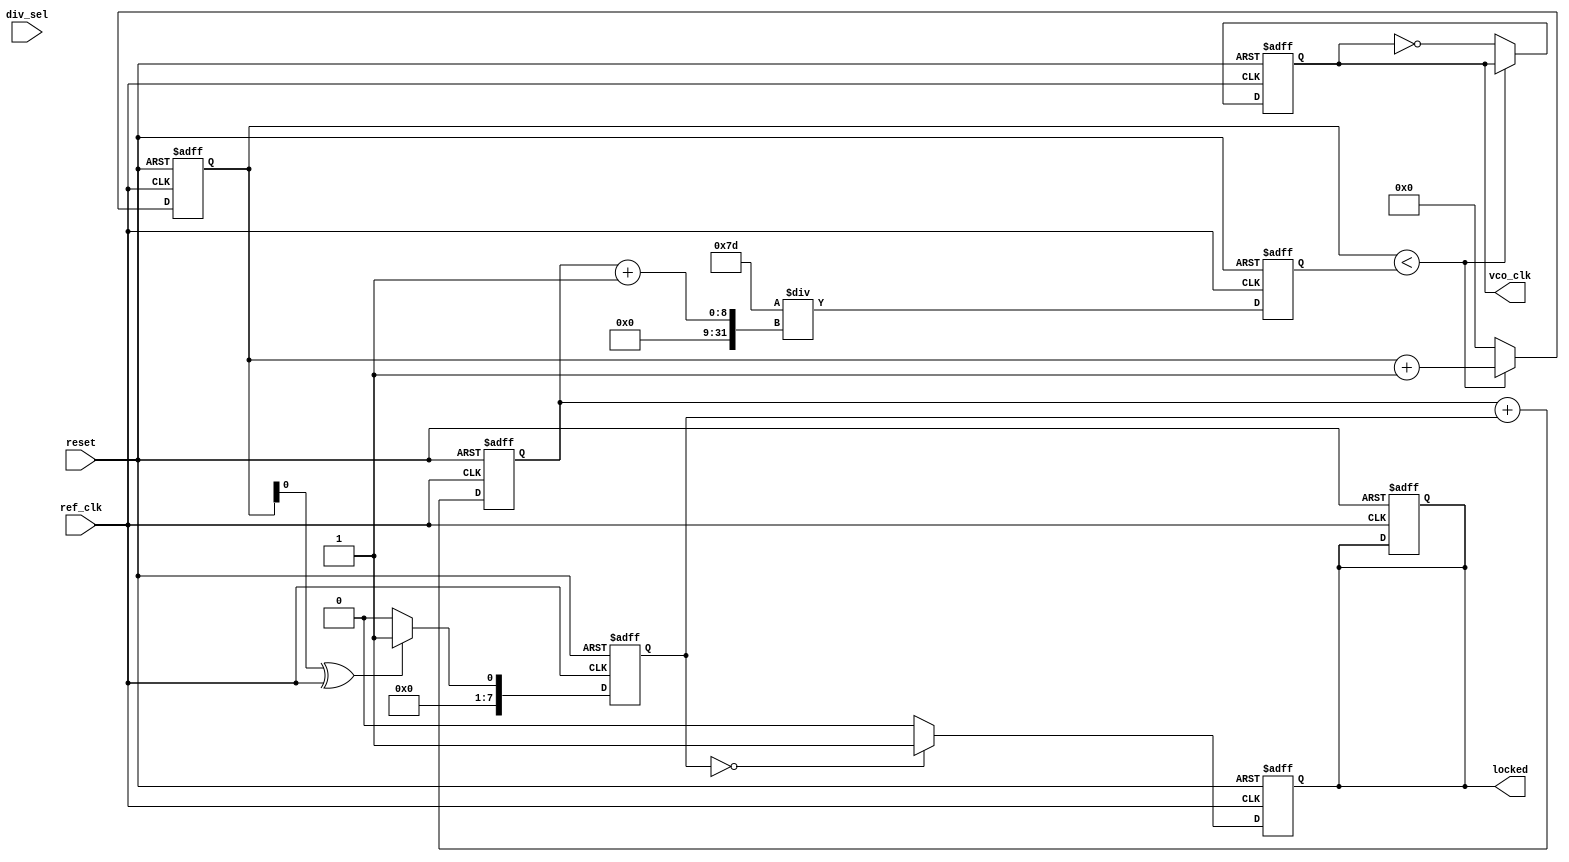
module high_performance_PLL (
    input wire ref_clk,      // Input Reference Clock
    input wire reset,        // Reset signal
    input wire [2:0] div_sel, // Divider selection for feedback
    output reg vco_clk,      // Output VCO Clock
    output reg locked        // PLL Locked signal
);

// Parameters
parameter VCO_MAX_FREQ = 125; // Example max VCO frequency (in MHz)
parameter REF_CLK_FREQ = 25;   // Example reference clock frequency (in MHz)
parameter DIVIDER_MAX = 4;     // Max division ratio

// Internal signals
reg [2:0] divider;             // Divider counter
reg [7:0] phase_error;         // Phase error signal
reg [7:0] control_voltage;     // Control voltage for VCO
reg [7:0] loop_filter_output;  // Output of loop filter
reg [31:0] vco_count;          // VCO count for clock generation
reg [31:0] vco_period;         // VCO clock period
reg feedback_clk;              // Feedback clock (divided by divider)

// Phase Detector (XOR for simplicity)
always @(posedge ref_clk or posedge reset) begin
    if (reset) begin
        phase_error <= 0;
    end else begin
        // Compare phase and generate error signal
        phase_error <= (vco_count[0] ^ ref_clk) ? 1 : 0; // Simple XOR for phase detection
    end
end

// Loop Filter (Simple first-order filter)
always @(posedge ref_clk or posedge reset) begin
    if (reset) begin
        control_voltage <= 0;
    end else begin
        control_voltage <= control_voltage + phase_error; // Integrate error
    end
end

// VCO implementation (simple counter for demonstration)
always @(posedge ref_clk or posedge reset) begin
    if (reset) begin
        vco_count <= 0;
        vco_period <= 0;
        vco_clk <= 0;
        locked <= 0;
    end else begin
        // Control VCO frequency based on control voltage
        vco_period <= VCO_MAX_FREQ / (control_voltage + 1); // Simple scaling for demonstration

        // Generate VCO clock based on control voltage
        if (vco_count < vco_period) begin
            vco_count <= vco_count + 1;
        end else begin
            vco_clk <= ~vco_clk;  // Toggle VCO clock
            vco_count <= 0;
        end
    end
end

// Feedback Divider
always @(posedge vco_clk or posedge reset) begin
    if (reset) begin
        feedback_clk <= 0;
        divider <= 0;
    end else begin
        if (divider < div_sel) begin
            divider <= divider + 1;
        end else begin
            feedback_clk <= ~feedback_clk; // Toggle feedback clock
            divider <= 0;
        end
    end
end

// Lock Detection
always @(posedge ref_clk or posedge reset) begin
    if (reset) begin
        locked <= 0;
    end else begin
        if (phase_error == 0) begin
            locked <= 1; // PLL locked when phase error is zero
        end else begin
            locked <= 0;
        end
    end
end

endmodule